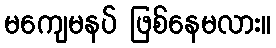
မကျေမနပ် ဖြစ်နေမလား။